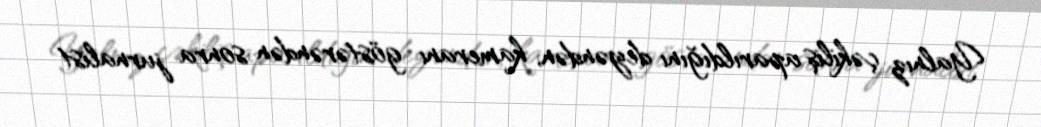
Yalnız çəkiliş aparıldığını deyəndən, kameranı göstərəndən sonra jurnalist